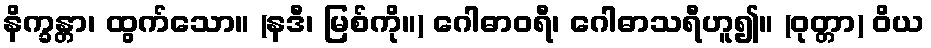
နိက္ခန္တာ၊ ထွက်သော။ (နဒီ၊ မြစ်ကို။) ဂေါဓာဝရီ၊ ဂေါဓာသရီဟူ၍။ (ဝုတ္တာ) ဝိယ